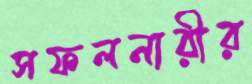
সফলনারীর